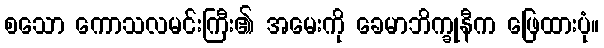
စသော ကောသလမင်းကြီး၏ အမေးကို ခေမာဘိက္ခုနီက ဖြေထားပုံ။